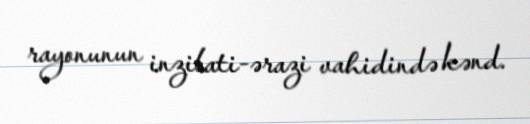
rayonunun inzibati-ərazi vahidində kənd.